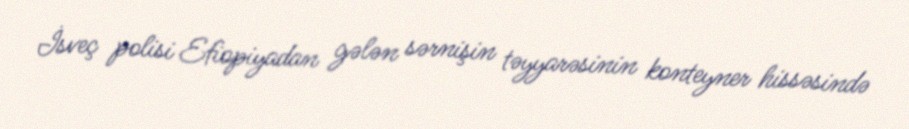
İsveç polisi Efiopiyadan gələn sərnişin təyyarəsinin konteyner hissəsində